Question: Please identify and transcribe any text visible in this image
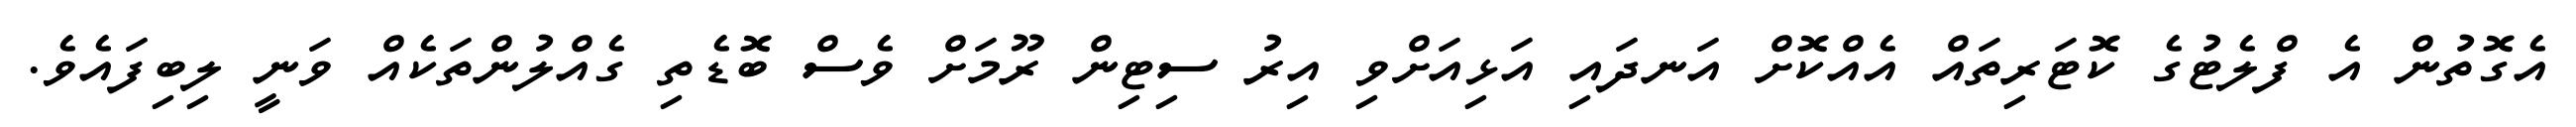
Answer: އެގޮތުން އެ ފްލެޓުގެ ކޮޓަރިތައް އެއްކޮށް އަނދައި އަޅިއަށްވި އިރު ސިޓިން ރޫމަށް ވެސް ބޮޑެތި ގެއްލުންތަކެއް ވަނީ ލިބިފައެވެ.